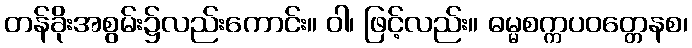
တန်ခိုးအစွမ်း၌လည်းကောင်း။ ဝါ၊ ဖြင့်လည်း။ ဓမ္မစက္ကပဝတ္တေနစ၊